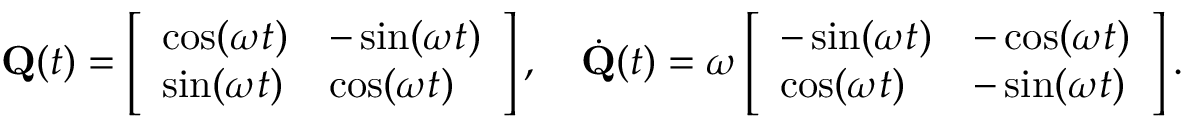
\mathbf { Q } ( t ) = \left[ \begin{array} { l l } { \cos ( \omega t ) } & { - \sin ( \omega t ) } \\ { \sin ( \omega t ) } & { \cos ( \omega t ) } \end{array} \right] , \quad \dot { \mathbf { Q } } ( t ) = \omega \left[ \begin{array} { l l } { - \sin ( \omega t ) } & { - \cos ( \omega t ) } \\ { \cos ( \omega t ) } & { - \sin ( \omega t ) } \end{array} \right] .